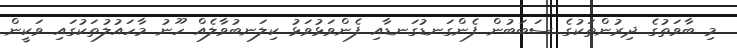
މި ބާވަތުގެ ދިރުންތަކުގެ ސަބަބުން ފެންގަނޑުގަނޑާއި ފެންވަޅުވަޅު ކިލަނބުވާލެއް ހޫނު މާހައުލުތަކުގައި ވަކީން